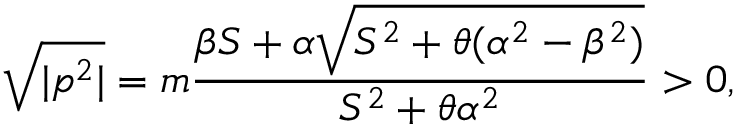
\sqrt { | p ^ { 2 } | } = m \frac { \beta S + \alpha \sqrt { S ^ { 2 } + \theta ( \alpha ^ { 2 } - \beta ^ { 2 } ) } } { S ^ { 2 } + \theta \alpha ^ { 2 } } > 0 ,